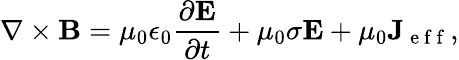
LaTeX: \nabla\times\mathbf{B}=\mu_{0}\epsilon_{0}\frac{\partial\mathbf{E}}{\partial t}+\mu_{0}\sigma\mathbf{E}+\mu_{0}\mathbf{J}_{\mathrm{~e~f~f~}},